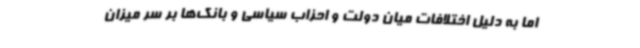
اما به دلیل اختلافات میان دولت و احزاب سیاسی و بانک‌ها بر سر میزان